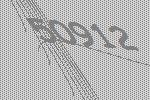
50912